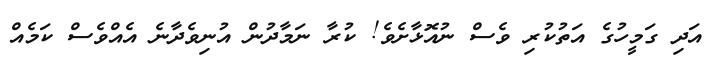
އަދި ގަމީހުގެ އަތުކުރި ވެސް ނުއޮޅާށެވެ! ކުރާ ނަމާދުން އުނިވެދާނެ އެއްވެސް ކަމެއް